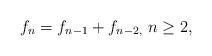
LaTeX: \begin{align*}f_{n}=f_{n-1}+f_{n-2,}\ n\geq 2,\ \end{align*}